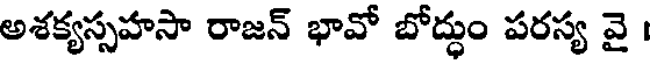
అశక్యస్సహసా రాజన్ భావో బోద్ధుం పరస్య వై ।